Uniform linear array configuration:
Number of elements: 32
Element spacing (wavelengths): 0.75
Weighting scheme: uniform
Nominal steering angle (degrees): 0
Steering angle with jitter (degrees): -1.885
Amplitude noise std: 0.05
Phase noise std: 0.05

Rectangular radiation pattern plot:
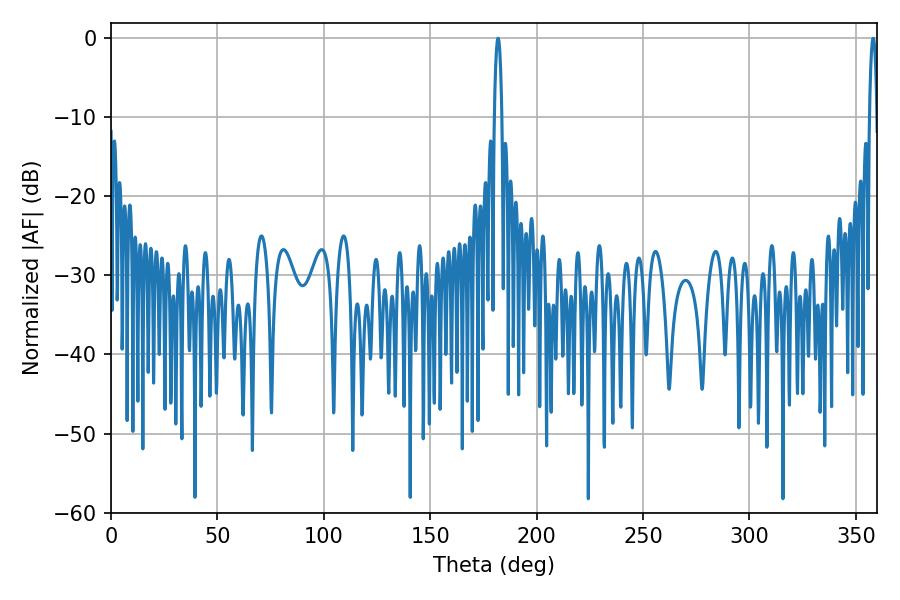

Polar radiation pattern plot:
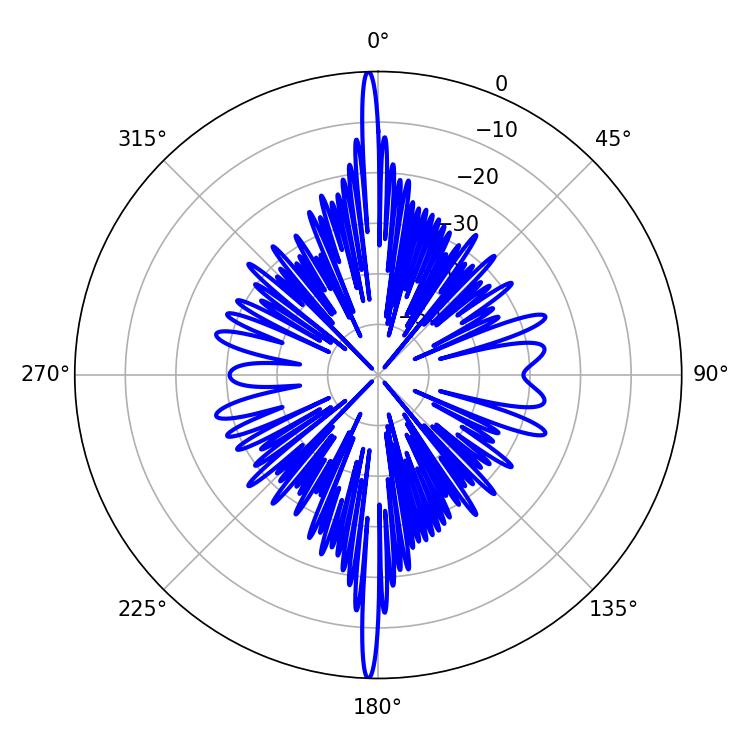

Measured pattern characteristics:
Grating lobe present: TRUE
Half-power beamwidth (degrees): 1.98
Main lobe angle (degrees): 181.8